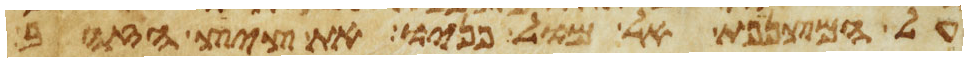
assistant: על המצנפת אל מול פניו את ציץ הזהב